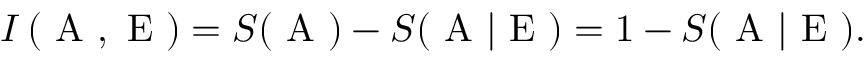
I \left( \mathrm { ~ A ~ } , \mathrm { ~ E ~ } \right) = S ( \mathrm { ~ A ~ } ) - S ( \mathrm { ~ A ~ } | \mathrm { ~ E ~ } ) = 1 - S ( \mathrm { ~ A ~ } | \mathrm { ~ E ~ } ) .